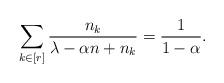
LaTeX: \begin{align*}\sum_{k\in\left[ r\right] }\frac{n_{k}}{\lambda-\alpha n+n_{k}}=\frac{1}{1-\alpha}. \end{align*}